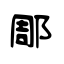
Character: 郮